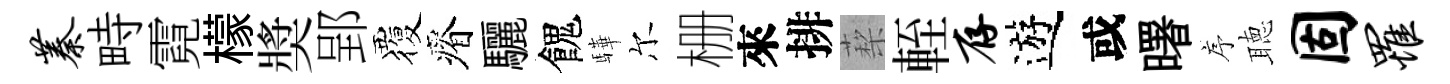
蓁畤霓檬奬郢覆瘠驪餽驊尔栅來排蔾輊存遊或曙序聴固罹